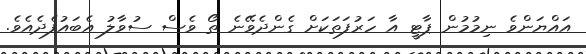
އައްޔަންވެ ނިމުމުން ޕާޓީ އާ ހަރުފަތަކަށް ގެންދެވޭނެ ތޯ ވެސް ސުވާލު އެބައުފެދެއެވެ.